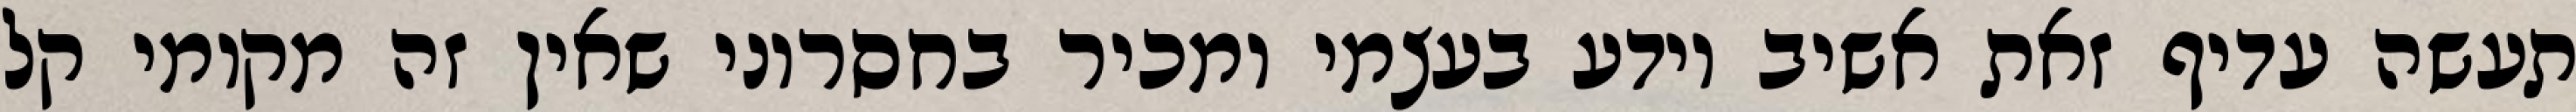
תעשה עדיף זאת אשיב יודע בעצמי ומכיר בחסרוני שאין זה מקומי קל